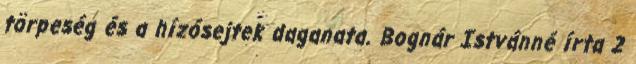
törpeség és a hízósejtek daganata. Bognár Istvánné írta 2